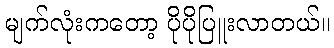
မျက်လုံးကတော့ ပိုပိုပြူးလာတယ်။